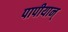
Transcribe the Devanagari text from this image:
पापीयान्‌